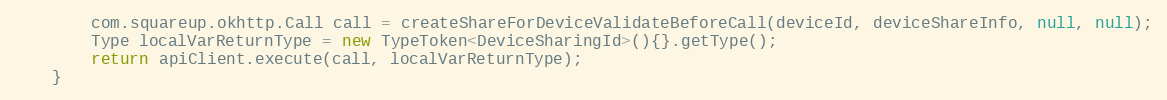
Language: Java
        com.squareup.okhttp.Call call = createShareForDeviceValidateBeforeCall(deviceId, deviceShareInfo, null, null);
        Type localVarReturnType = new TypeToken<DeviceSharingId>(){}.getType();
        return apiClient.execute(call, localVarReturnType);
    }